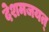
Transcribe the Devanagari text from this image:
देशमजयत्